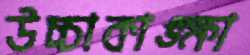
উচ্চাকাঙ্ক্ষা